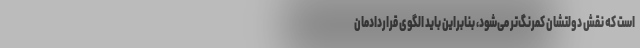
است که نقش دولتشان کمرنگ‌تر می‌شود، بنابراین باید الگوی قراردادمان